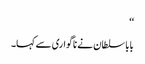
‘‘
بابا سلطان نے ناگواری سے کہا۔